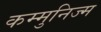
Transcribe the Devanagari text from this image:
कम्मुनिज्म